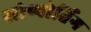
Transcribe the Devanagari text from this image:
सोप्पोर्तिंग